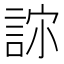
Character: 𰴳